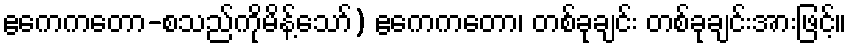
ဧကေကတော-စသည်ကိုမိန့်သော်) ဧကေကတော၊ တစ်ခုချင်း တစ်ခုချင်းအားဖြင့်။